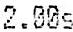
2.00S